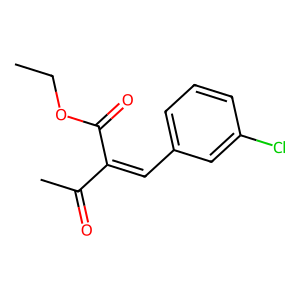
SMILES: CCOC(=O)C(=Cc1cccc(Cl)c1)C(C)=O
Inhibits HIV replication: No